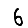
Digit: 6